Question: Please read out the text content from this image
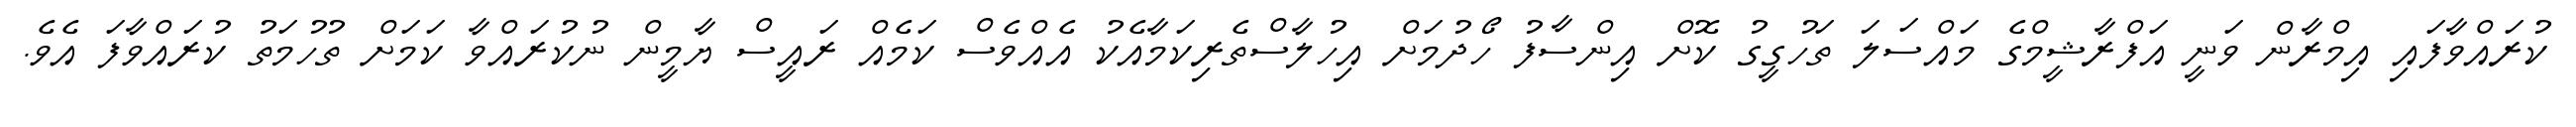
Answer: ކުރައްވާފައި އިމްރާން ވަނީ އަފްރާޝީމްގެ މައްސަލަ ތަހުގީގު ކޮށް އިންސާފު ހޯދުމަށް އިހުލާސްތެރިކަމާއެކު އެއްވެސް ކަމެއް ރައީސް ޔާމީން ނުކުރައްވާ ކަމަށް ތުހުމަތު ކުރައްވާފަ އެވެ.